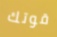
قوتك